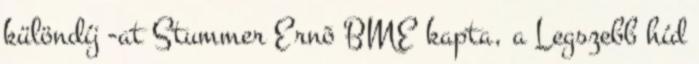
különdíj -at Stummer Ernõ BME kapta, a Legszebb híd